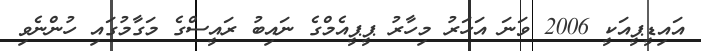
އައިޑީޕީއަކީ 2006 ވަނަ އަހަރު މިހާރު ޕީޕީއެމްގެ ނައިބު ރައީސްގެ މަގާމުގައި ހުންނެވި